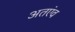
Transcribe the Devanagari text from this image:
अतएंव